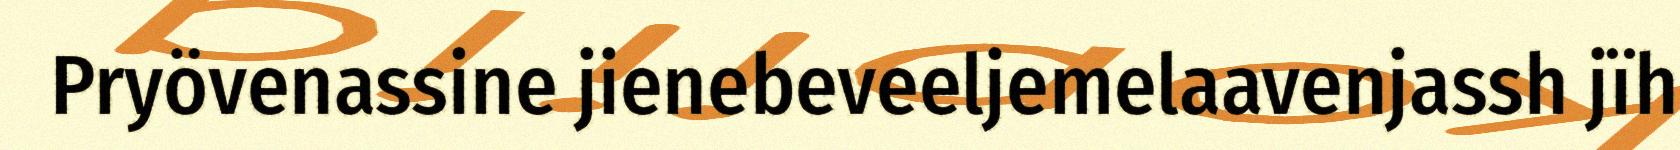
Pryövenassine jienebeveeljemelaavenjassh jïh